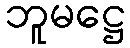
ဘူမဋ္ဌေ